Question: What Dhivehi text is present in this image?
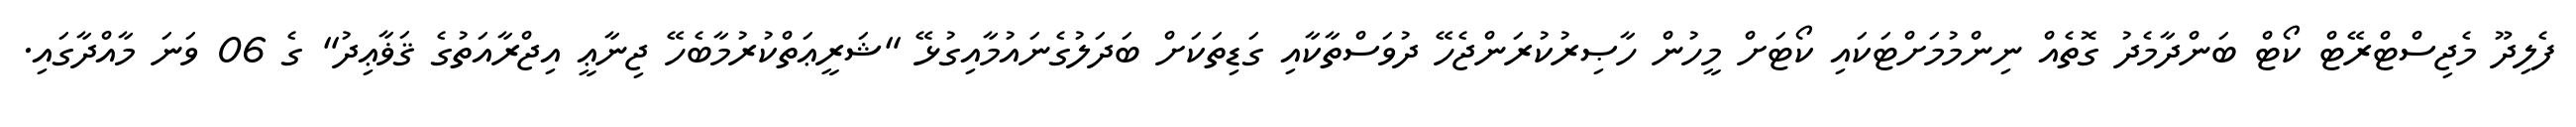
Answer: ފެލިދޫ މެޖިސްޓްރޭޓް ކޯޓް ބަންދާމެދު ގޮތެއް ނިންމުމަށްޓަކައި ކޯޓަށް މީހުން ހާޞިރުކުރަންޖެހޭ ދުވަސްތާކާއި ގަޑިތަކަށް ބަދަލުގެނައުމާއިގުޅޭ "ޝަރީޢަތްކުރުމާބެހޭ ޖިނާޢީ އިޖްރާއަތުގެ ޤަޥާޢިދު" ގެ 06 ވަނަ މާއްދާގައި.